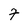
Character: 7